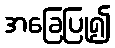
အခြေပြု၍